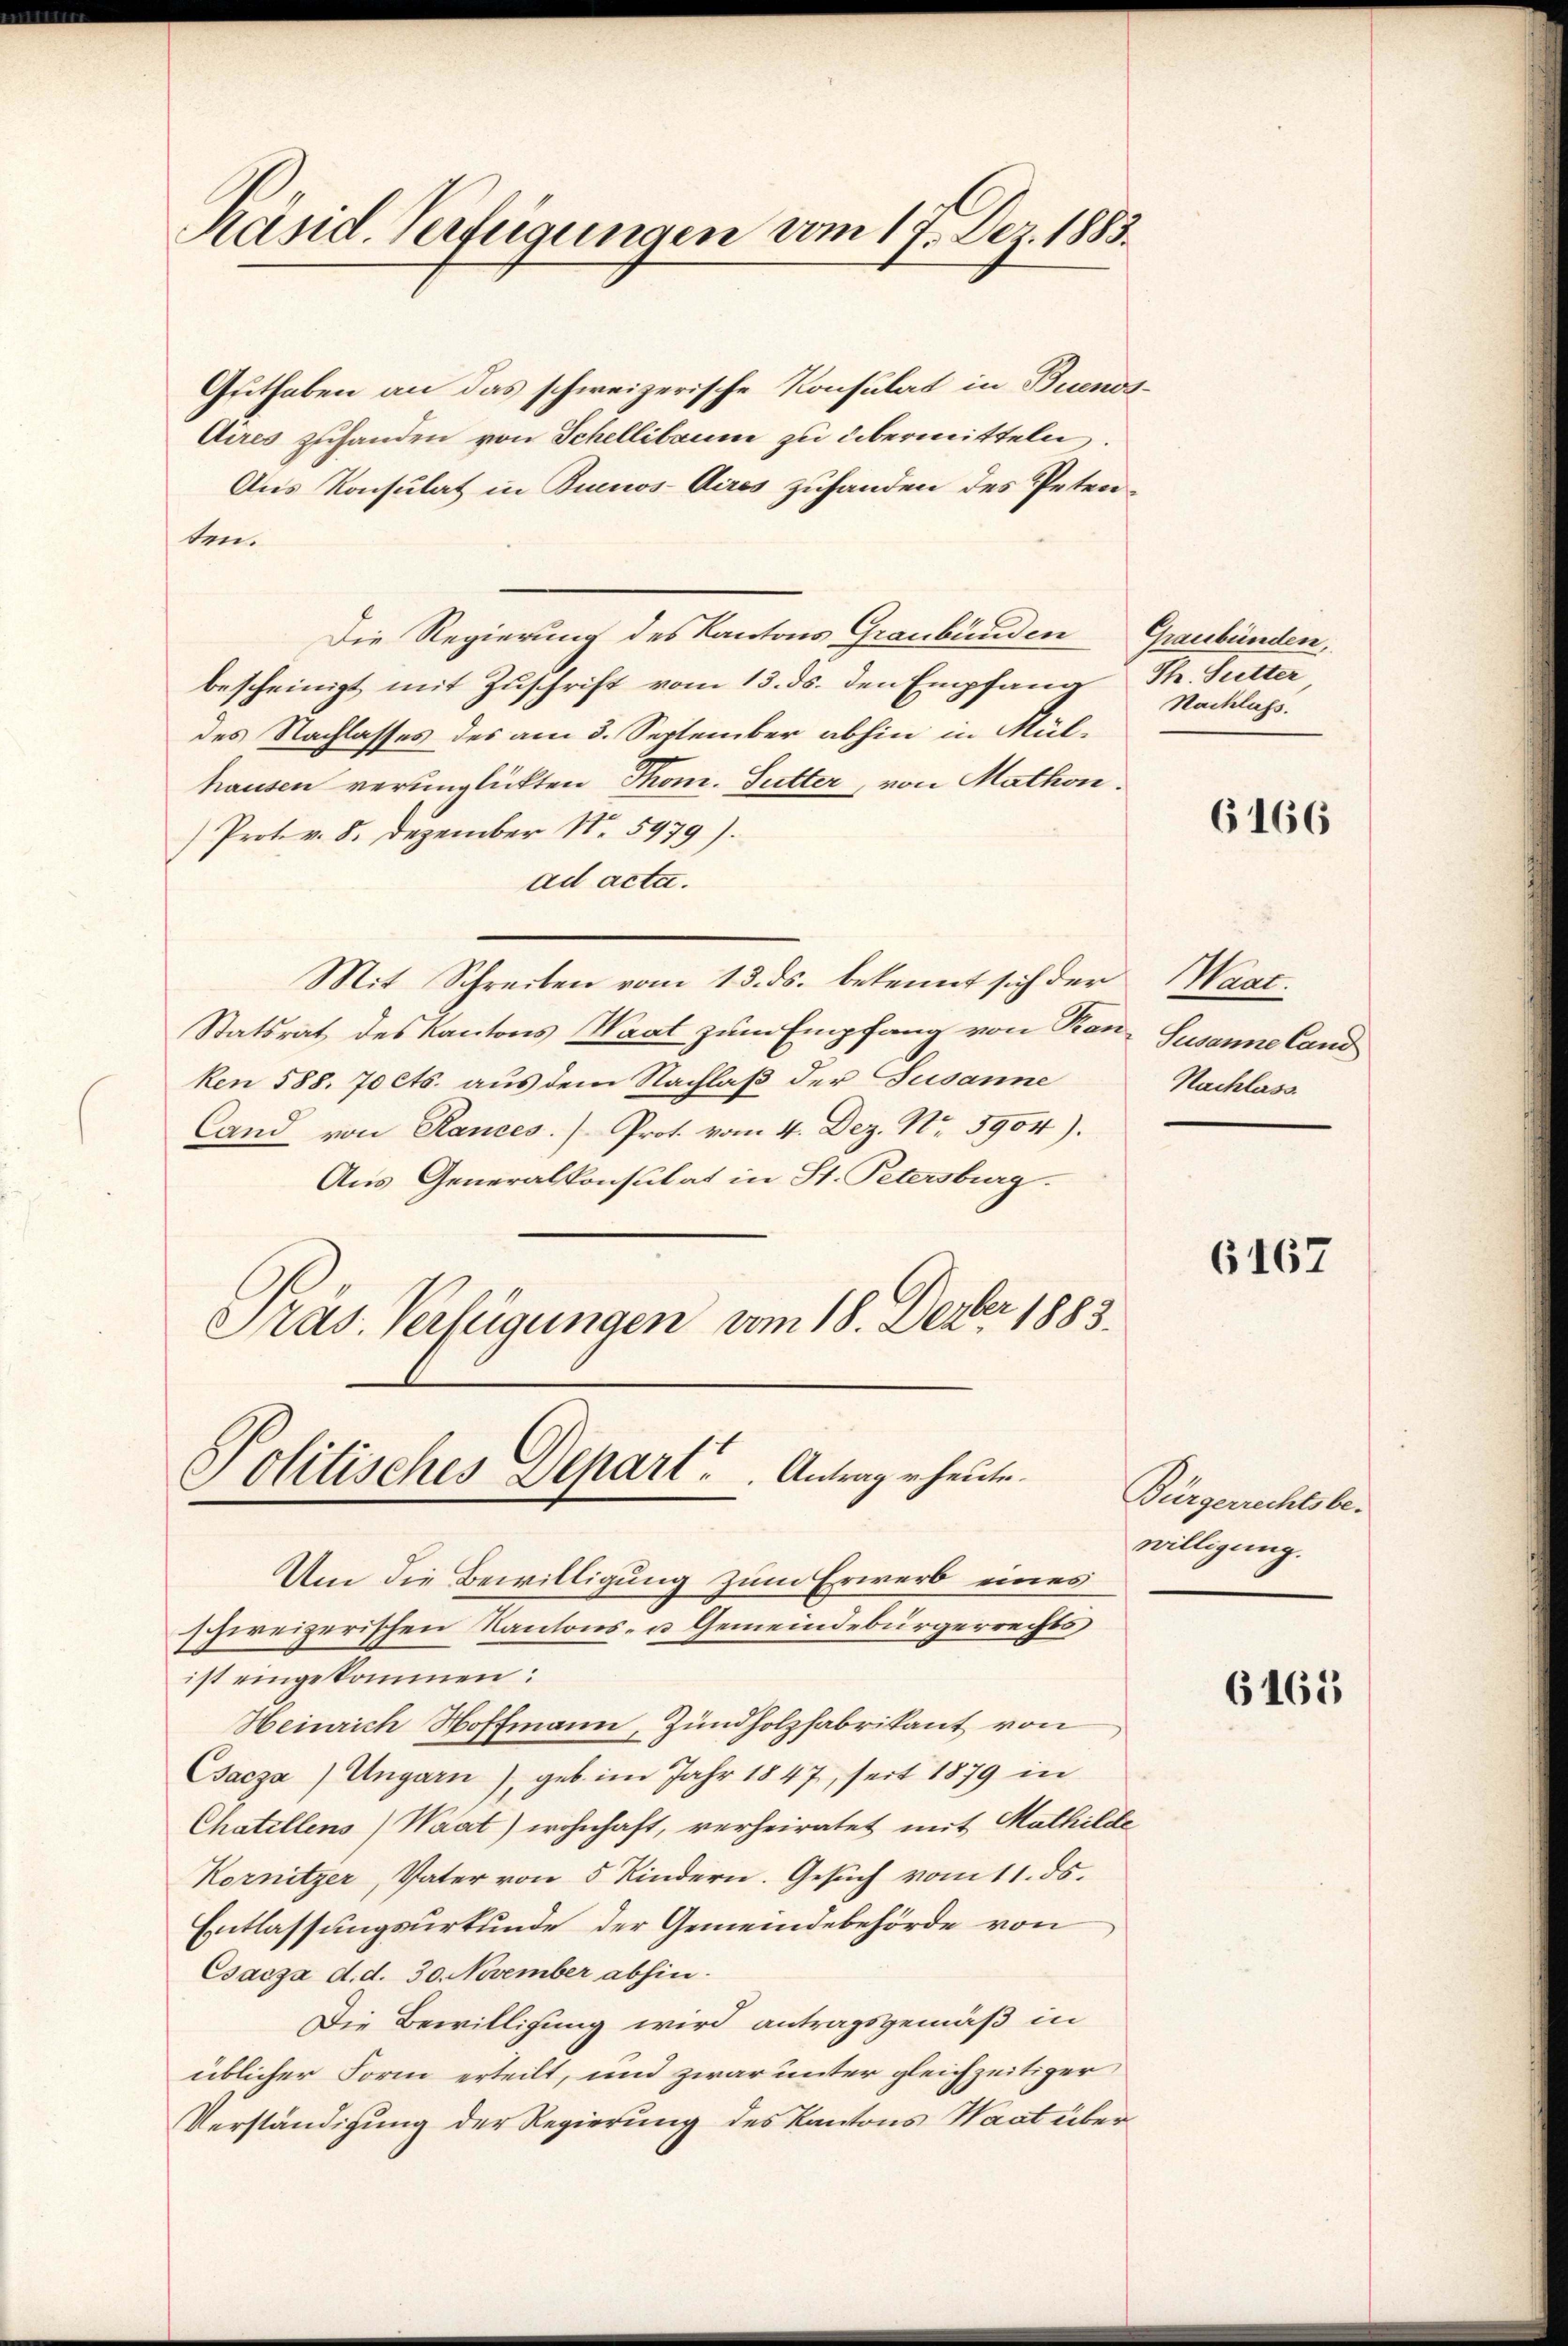
Päsid. Verfügungen vom 17. Dez. 1883.

Guthaben an das schweizerische Konsulat in Buenos¬
Aires zuhanden von Schellibaum zu übermitteln
Aus Konsulat in Buenos-Aires zuhanden des Peten-
ten.
Die Regierung des Kantons Graubünden Graubünden,
bescheinigt mit Zuschrift vom 13. ds. den Empfana Th. Sutter
des Nachlasses des am 3. September abhin in Mül-
hausen verunglückten Thom. Sutter, von Mathon.
Prot. v. 8. Dezember N. 5979).
ad acta.
Mit Schreiben vom 13. ds. bekennt sich der
Statsrat des Kantons Waat zum Empfang von Kan- Susanne Cand
ken 588. 70 cts. aus dem Nachlaß der Susanne
land von Rances.) Prot. vom 4. Dez. Nr. 3904).
Aus Generalkonsulat in St. Petersburg.
Präs. Verfügungen vom 18. Dezber 1883.

Politisches Depart ..  ..  Antrag erheute.

Nachlass.

Um die Bewilligung zum Erwerb eines
schweizerischen Kantons- u Gemeindebürgerrechts
ist eingekommen:
Heinrich Hoffmann, Zündholzfabrikant von
Csacza) Ungarn), geb. im Jahr 1847, seit 1879 in
Chatellens Waat) wohnhaft, verheiratet mit Mathilde
Kornitzer, Vater von 5 Kindern. Gesuch vom 11. ds.
Entlassungsurkunde der Gemeindebehörde von
Csacza d.d. 30. November abhin.
Die Bewilligung wird antragsgemäß in
üblicher Form erteilt, und zwar unter gleichzeitiger
Verständigung der Regierung des Kantons Waat über¬

6166

Waat.
Nachlass

6167

Bürgerrechtsbe-
willigung.

6165